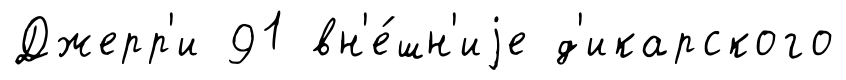
Джерр'и 91 вн'е́шн'иjе д'икарского